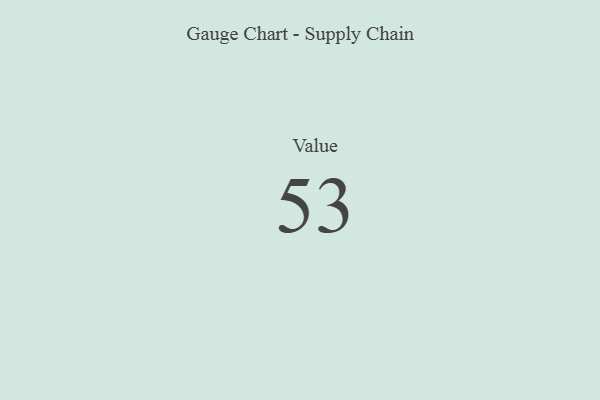
{"axis": {"x": "Metric", "y": "Value"}, "legend": [""], "data": [{"x": "Value", "y": 53, "type": ""}]}